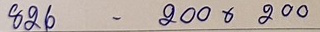
826 - 200 x 200